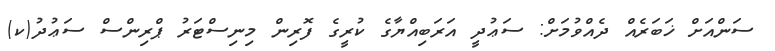
ސަންއަށް ޚަބަރެއް ދެއްވުމަށް: ސަޢުދީ އަރަބިއްޔާގެ ކުރީގެ ފޮރިން މިނިސްޓަރު ޕްރިންސް ސަޢުދު(ކ)